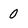
Character: 0